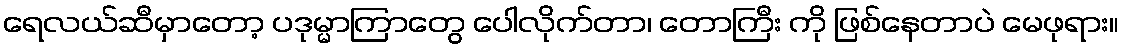
ရေလယ်ဆီမှာတော့ ပဒုမ္မာကြာတွေ ပေါလိုက်တာ၊ တောကြီး ကို ဖြစ်နေတာပဲ မေဖုရား။